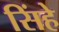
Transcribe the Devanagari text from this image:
सिंहे